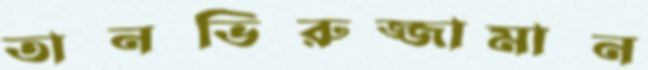
তানভিরুজ্জামান